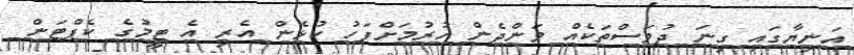
އަނިޔާގައި ގިނަ ދުވަސްތަކެއް ވަންދެން ހުރުމަށްފަހު ކުޅެން އެރި އެ ޓީމުގެ ކެޕްޓަން